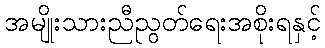
အမျိုးသားညီညွတ်ရေးအစိုးရနှင့်